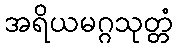
အရိယမဂ္ဂသုတ္တံ